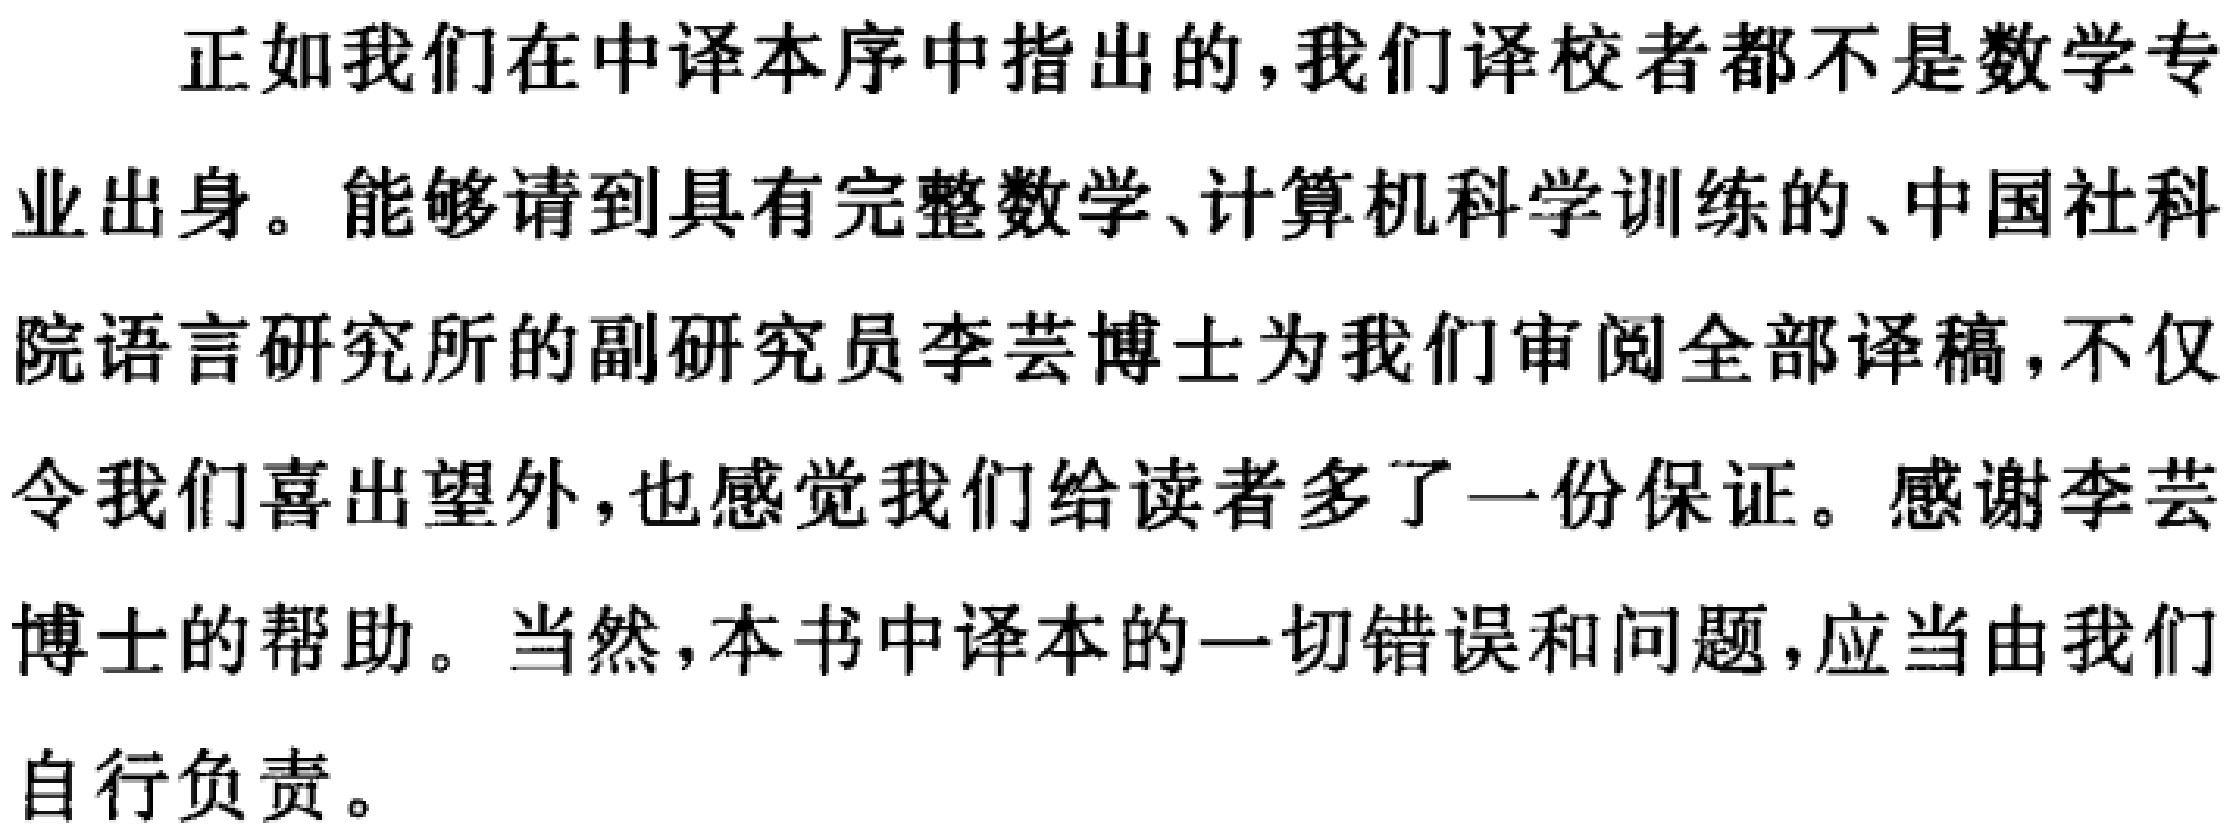
正如我们在中译本序中指出的,我们译校者都不是数学专业出身。能够请到具有完整数学、计算机科学训练的、中国社科院语言研究所的副研究员李芸博士为我们审阅全部译稿,不仅令我们喜出望外,也感觉我们给读者多了一份保证。感谢李芸博士的帮助。当然,本书中译本的一切错误和问题,应当由我们自行负责。